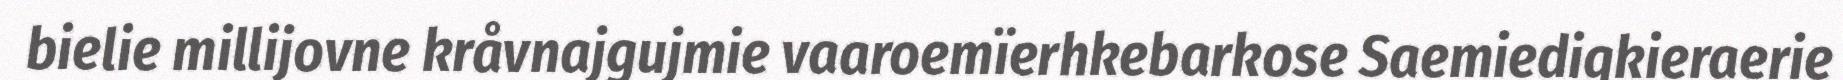
bielie millijovne kråvnajgujmie vaaroemïerhkebarkose Saemiedigkieraerie